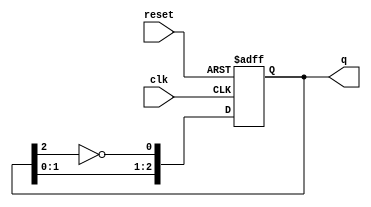
module modified_johnson_counter (
    input wire clk,           // Clock input
    input wire reset,         // Asynchronous reset
    output reg [2:0] q        // 3-bit output
);

    // Sequential logic for Modified Johnson Counter
    always @(posedge clk or posedge reset) begin
        if (reset) begin
            q <= 3'b000;       // Initialize to 000 on reset
        end else begin
            // Modified Johnson Counter logic
            q[0] <= ~q[2];      // Inverted output of the last flip-flop
            q[1] <= q[0];       // Current state of first flip-flop
            q[2] <= q[1];       // Current state of second flip-flop
        end
    end

endmodule